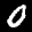
Label: 0